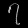
Digit: ၇